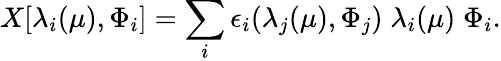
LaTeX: X[\lambda_{i}(\mu),\Phi_{i}]=\sum_{i}\epsilon_{i}(\lambda_{j}(\mu),\Phi_{j})\; \lambda_{i}(\mu)\; \Phi_{i}.